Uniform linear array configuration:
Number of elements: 12
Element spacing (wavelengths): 0.25
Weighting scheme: blackman
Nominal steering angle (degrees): -30
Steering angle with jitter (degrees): -29.661
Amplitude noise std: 0.05
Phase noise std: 0.05

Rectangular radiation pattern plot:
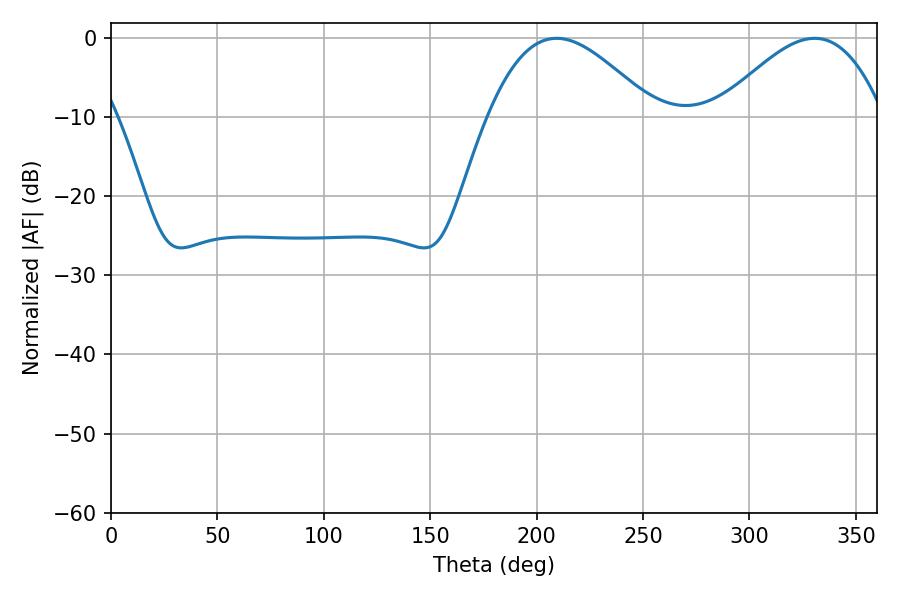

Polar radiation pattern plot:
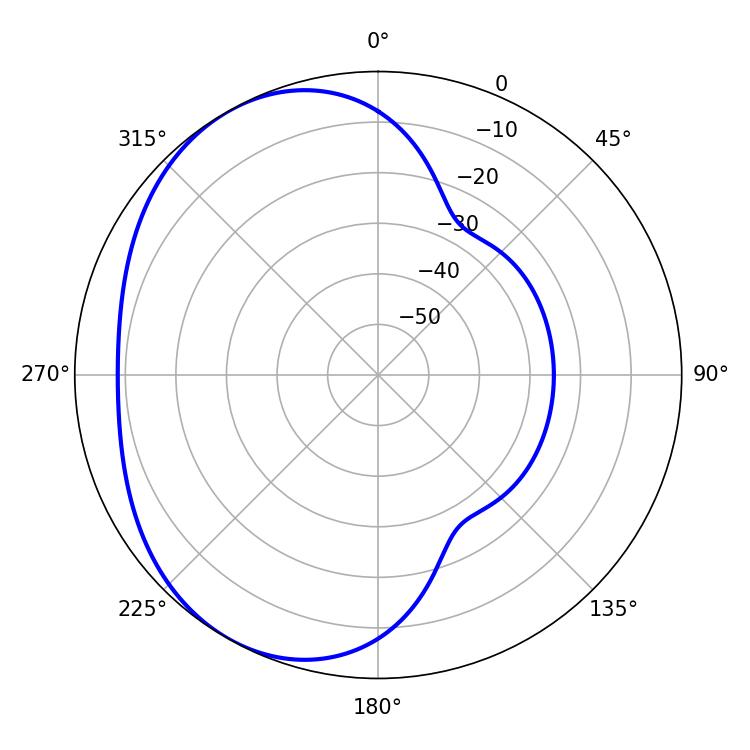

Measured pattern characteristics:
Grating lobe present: FALSE
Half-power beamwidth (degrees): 42.12
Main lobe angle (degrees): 209.34